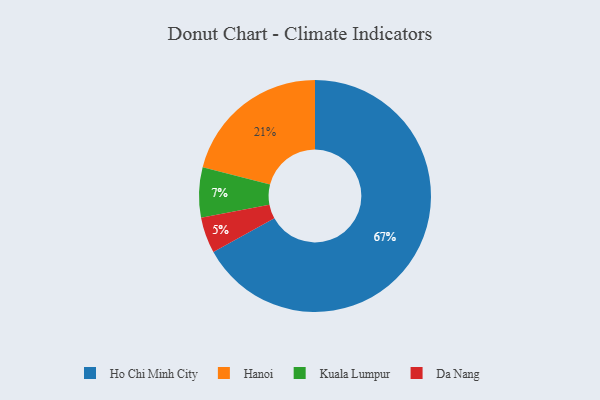
{"axis": {"x": "Category", "y": "Percentage"}, "legend": ["Da Nang", "Hanoi", "Ho Chi Minh City", "Kuala Lumpur"], "data": [{"x": "Da Nang", "y": 5, "type": "Da Nang"}, {"x": "Hanoi", "y": 21, "type": "Hanoi"}, {"x": "Ho Chi Minh City", "y": 67, "type": "Ho Chi Minh City"}, {"x": "Kuala Lumpur", "y": 7, "type": "Kuala Lumpur"}]}